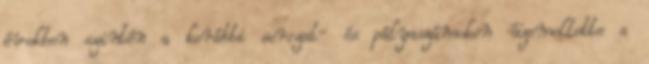
években szintén a korábbi sorozat- és pályaszámokon üzemeltette a